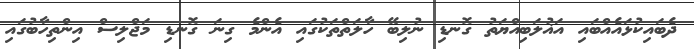
ދެބައިކުޅައެއްބައި އަޣުލަބިއްޔަތު ގޮނޑި ނުލިބޭ ހާލަތްތަކުގައި އެންމެ ގިނަ ގޮނޑި މަޖްލިސް އިންތިހާބުގައި